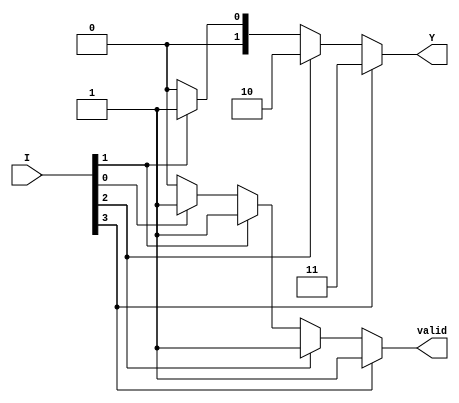
module dual_priority_encoder (
    input wire [3:0] I,    // 4-bit input for the encoder (I0 to I3)
    output reg [1:0] Y,    // 2-bit output for the encoded value
    output reg valid        // Output indicates if any input is active
);

// Always block to handle combinational logic
always @(*) begin
    // Default values for outputs
    Y = 2'b00;  // Default output
    valid = 1'b0; // Default valid output

    // Check for the highest priority input (I3, I2, I1, I0)
    if (I[3]) begin
        Y = 2'b11;  // Output for I3
        valid = 1'b1;
    end else if (I[2]) begin
        Y = 2'b10;  // Output for I2
        valid = 1'b1;
    end else if (I[1]) begin
        Y = 2'b01;  // Output for I1
        valid = 1'b1;
    end else if (I[0]) begin
        Y = 2'b00;  // Output for I0
        valid = 1'b1;
    end
    // If no inputs are active, Y remains 00 and valid stays 0
end

endmodule